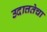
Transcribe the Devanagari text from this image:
उदात्ततेचा